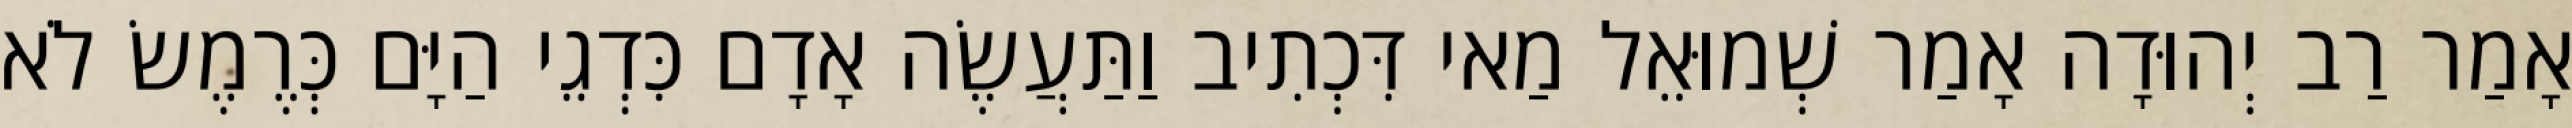
אָמַר רַב יְהוּדָה אָמַר שְׁמוּאֵל מַאי דִּכְתִיב וַתַּעֲשֶׂה אָדָם כִּדְגֵי הַיָּם כְּרֶמֶשׂ לֹא